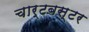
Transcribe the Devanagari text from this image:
चार्टबस्टर